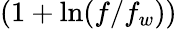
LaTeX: (1+\ln({f}/f_{w}))